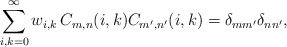
\begin{align*}\sum_{i,k=0}^{\infty}w_{i,k}\,C_{m,n}(i,k)C_{m',n'}(i,k)=\delta_{mm'}\delta_{nn'},\end{align*}